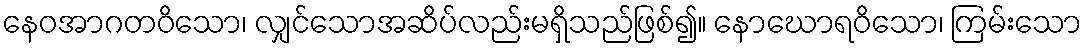
နေဝအာဂတဝိသော၊ လျှင်သောအဆိပ်လည်းမရှိသည်ဖြစ်၍။ နောဃောရဝိသော၊ ကြမ်းသော